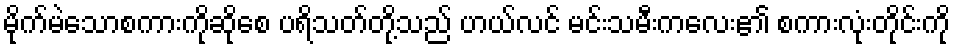
မိုက်မဲသောစကားကိုဆိုစေ ပရိသတ်တို့သည် ဟယ်လင် မင်းသမီးကလေး၏ စကားလုံးတိုင်းကို